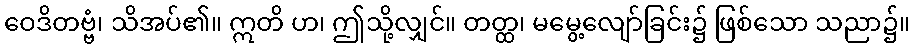
ဝေဒိတဗ္ဗံ၊ သိအပ်၏။ ဣတိ ဟ၊ ဤသို့လျှင်။ တတ္ထ၊ မမွေ့လျော်ခြင်း၌ ဖြစ်သော သညာ၌။